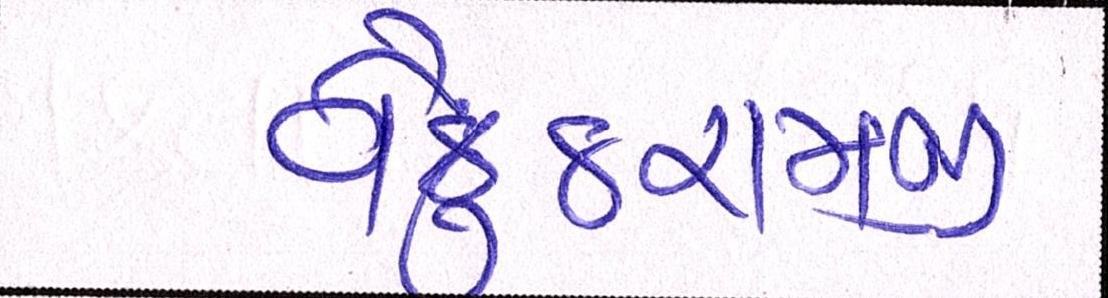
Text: વૈકુંઠરામજી